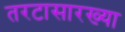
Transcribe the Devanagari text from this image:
तरटासारख्या